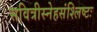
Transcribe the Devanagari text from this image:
सवित्रीस्नेहसंश्लिष्टः